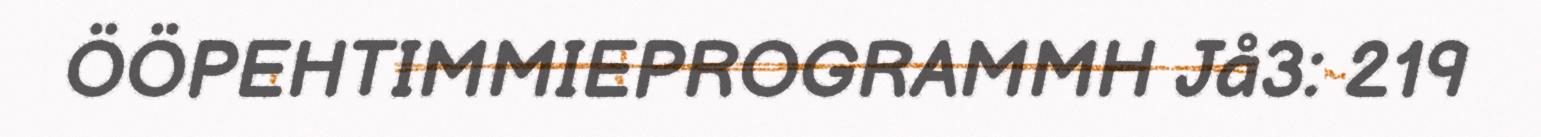
ÖÖPEHTIMMIEPROGRAMMH Jå3: 219